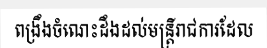
ពង្រឹងចំណេះដឹងដល់មន្ត្រីរាជការដែល